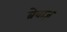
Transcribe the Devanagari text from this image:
ब्रेवाज़